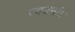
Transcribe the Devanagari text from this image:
स्वजनांत